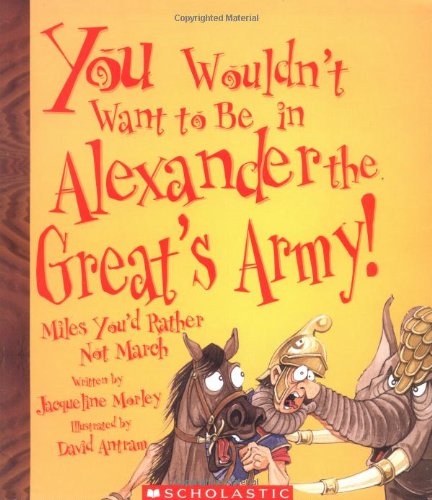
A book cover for You Wouldn't Want to Be in Alexander the Great's Army!: Miles You'd Rather Not March; Jacqueline Morley; Children's Books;